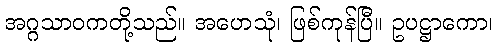
အဂ္ဂသာဝကတို့သည်။ အဟေသုံ၊ ဖြစ်ကုန်ပြီ။ ဥပဋ္ဌာကော၊